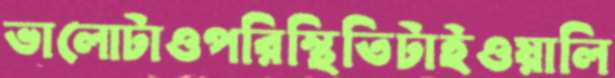
ভালোটাওপরিস্থিতিটাইওয়ালি